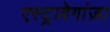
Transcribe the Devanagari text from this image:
एस्ट्रावेगांज़ा